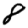
Digit: 8